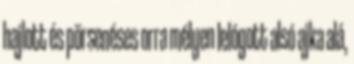
hajlott és pörsenéses orra mélyen lelógott alsó ajka alá,